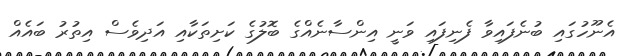
އެނޫހުގައި ބުނެފައިވާ ފެނިފައި ވަނީ އިންސާނެއްގެ ބޮލުގެ ކަށިތަކާއި އަދިވެސް އިތުރު ބައެއް